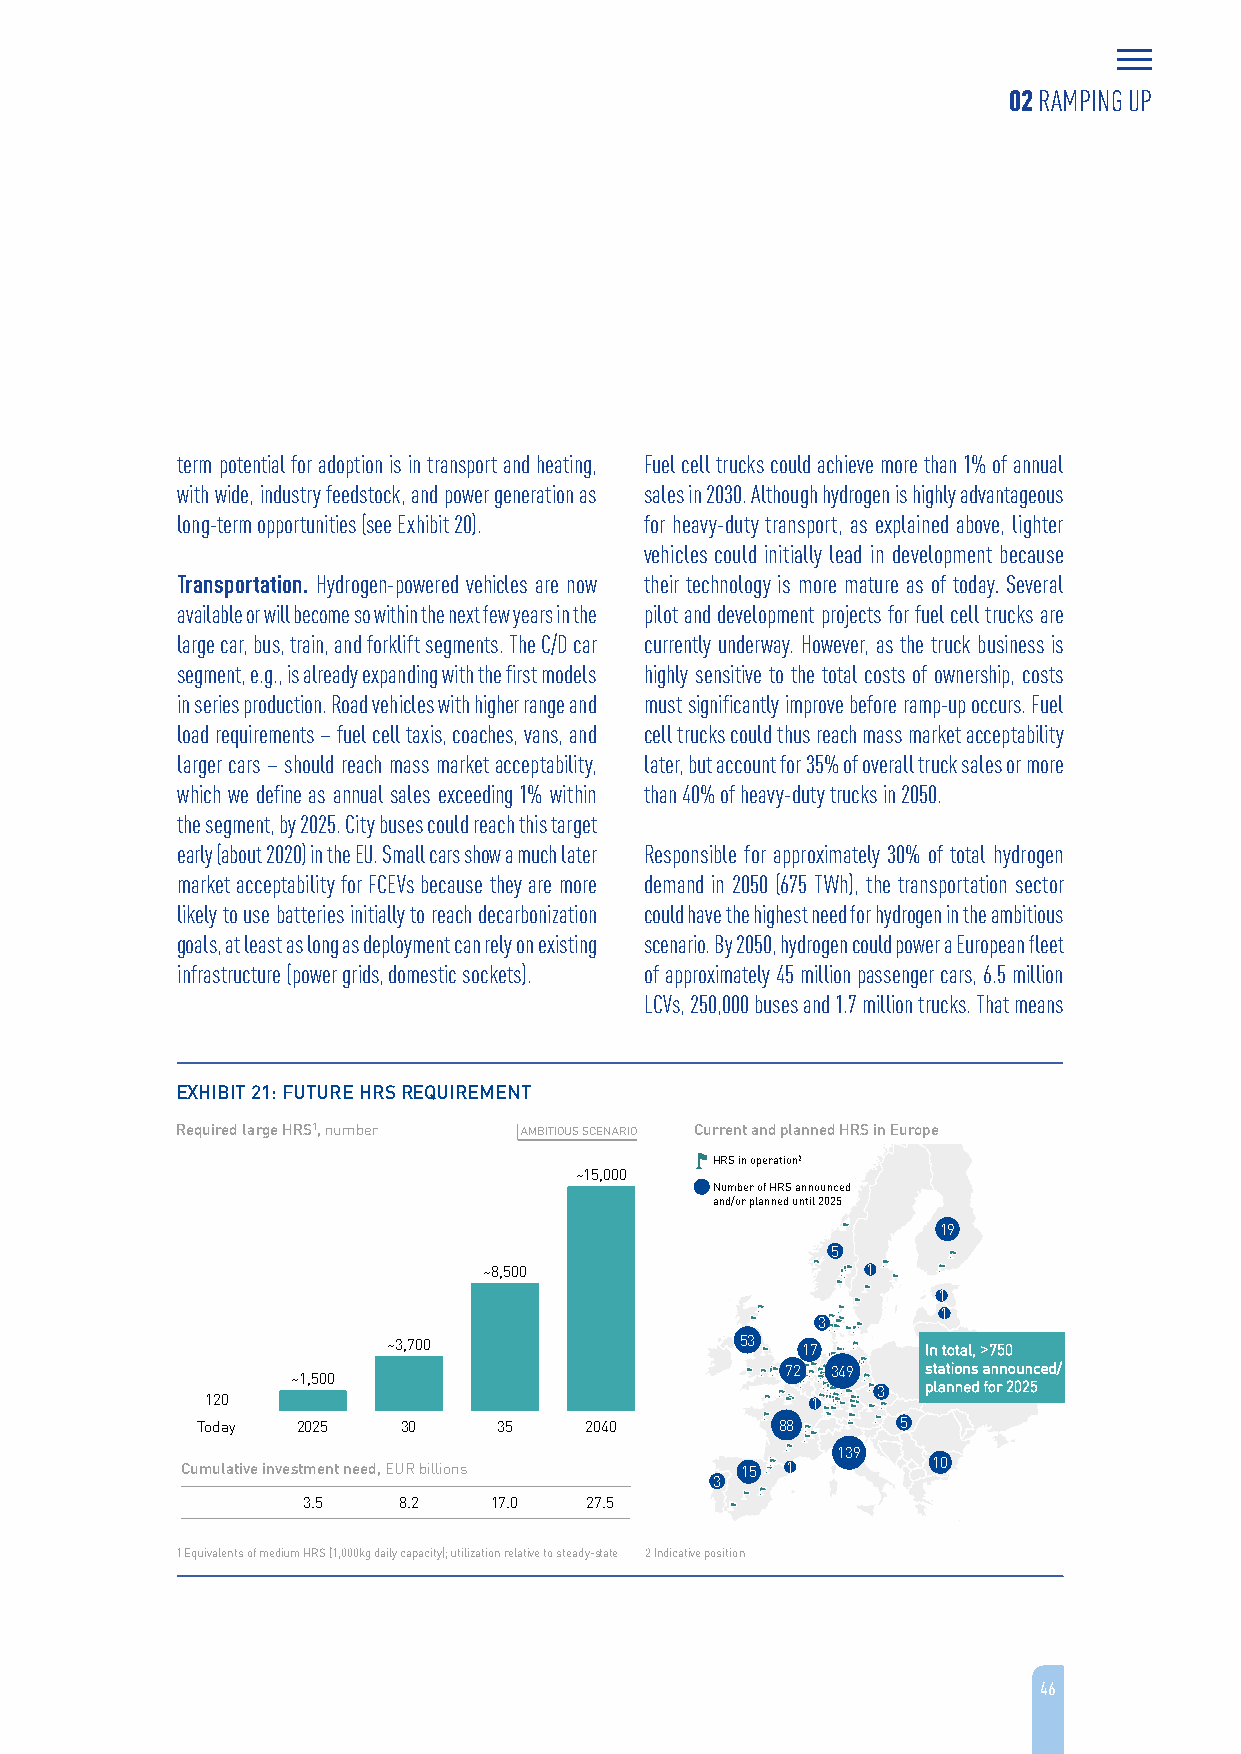
02 RAMPING UP
 term potential for adoption is in transport and heating, Fuel cell trucks could achieve more than 1% of annual
 with wide, industry feedstock, and power generation as sales in 2030. Although hydrogen is highly advantageous
 long-term opportunities (see Exhibit 20). for heavy-duty transport, as explained above, lighter
 vehicles could initially lead in development because
 Transportation. Hydrogen-powered vehicles are now their technology is more mature as of today. Several
 available or will become so within the next few years in the pilot and development projects for fuel cell trucks are
 large car, bus, train, and forklift segments. The C/D car currently underway. However, as the truck business is
 segment, e.g., is already expanding with the first models highly sensitive to the total costs of ownership, costs
 in series production. Road vehicles with higher range and must significantly improve before ramp-up occurs. Fuel
 load requirements – fuel cell taxis, coaches, vans, and cell trucks could thus reach mass market acceptability
 larger cars – should reach mass market acceptability, later, but account for 35% of overall truck sales or more
 which we define as annual sales exceeding 1% within than 40% of heavy-duty trucks in 2050.
 the segment, by 2025. City buses could reach this target
 early (about 2020) in the EU. Small cars show a much later Responsible for approximately 30% of total hydrogen
 market acceptability for FCEVs because they are more demand in 2050 (675 TWh), the transportation sector
 likely to use batteries initially to reach decarbonization could have the highest need for hydrogen in the ambitious
 goals, at least as long as deployment can rely on existing scenario. By 2050, hydrogen could power a European fleet
 infrastructure (power grids, domestic sockets). of approximately 45 million passenger cars, 6.5 million
 LCVs, 250,000 buses and 1.7 million trucks. That means
 EXHIBIT 21: FUTURE HRSREQUIREMENT
 Required large HRS1, number AMBITIOUS SCENARIO Current and planned HRS in Europe
 HRS in operation2
 ~15,000
 Number of HRS announced
 and/or planned until 2025
 19
 5
 ~8,500                   1
 1
 1
 3
 ~3,700                 53  17      In total, >750
 72 349   stations announced/
 ~1,500
 3  planned for 2025
 120                                     1
 Today  2025   30    35    2040         88      5
 139
 Cumulative investment need, EUR billions 15 1     10
 3
 3.5   8.2   17.0   27.5
 1 Equivalents of medium HRS (1,000kg daily capacity); utilization relative to steady-state 2 Indicative position
 4466